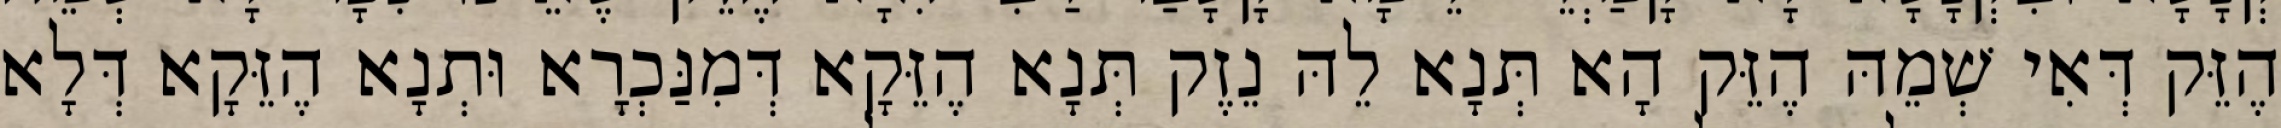
הֶזֵּק דְּאִי שְׁמֵהּ הֶזֵּק הָא תְּנָא לֵהּ נֵזֶק תְּנָא הֶזֵּקָא דְּמִנַּכְרָא וּתְנָא הֶזֵּקָא דְּלָא